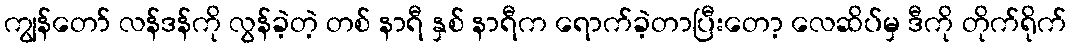
ကျွန်တော် လန်ဒန်ကို လွန်ခဲ့တဲ့ တစ် နာရီ နှစ် နာရီက ရောက်ခဲ့တာပြီးတော့ လေဆိပ်မှ ဒီကို တိုက်ရိုက်